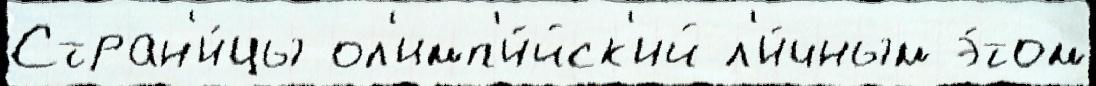
Стран'и́цы ол'имп'и́йск'ий л'и́чным э́том